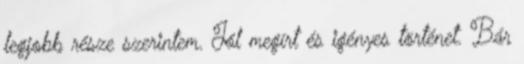
legjobb része szerintem. Jól megírt és igényes történet. Bár